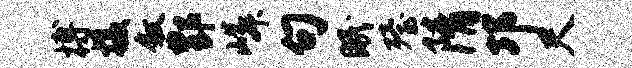
搏摄叙酆嶙句眠殪隋邛尺